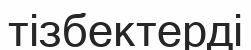
тізбектерді